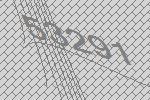
53291